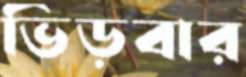
ভিড়বার